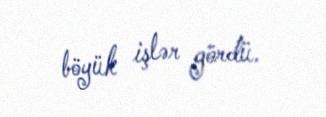
böyük işlər gördü.